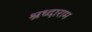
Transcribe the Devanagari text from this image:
श्रध्दाराम